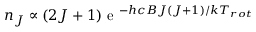
n _ { J } \propto ( 2 J + 1 ) \mathrm { ~ e ~ } ^ { - h c B J ( J + 1 ) / k T _ { r o t } }